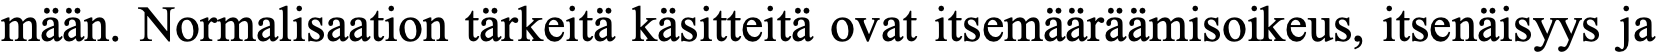
mään. Normalisaation tärkeitä käsitteitä ovat itsemääräämisoikeus, itsenäisyys ja